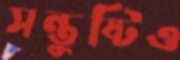
সন্তুষ্টিও